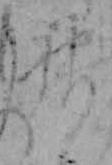
神